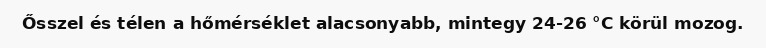
Ősszel és télen a hőmérséklet alacsonyabb, mintegy 24-26 °C körül mozog.